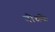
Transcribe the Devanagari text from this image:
बोधके